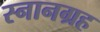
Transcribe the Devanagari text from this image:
स्नानग्रह